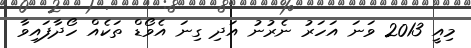
މިއީ 2013 ވަނަ އަހަރު ނެރުނު އަދި ގިނަ އެވޯޑް ތަކެއް ހޯދާފައިވާ